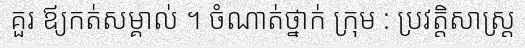
គួរ ឪ្យកត់សម្គាល់ ។ ចំណាត់ថ្នាក់ ក្រុម : ប្រវត្តិសាស្ត្រ